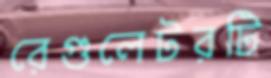
রেগুলেটরটি